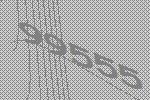
99555